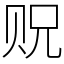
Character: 贶